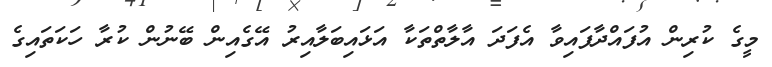
މީގެ ކުރިން އުފައްދާފައިވާ އެފަދަ އާލާތްތަކާ އަޅައިބަލާއިރު އޭގެއިން ބޭނުން ކުރާ ހަކަތައިގެ